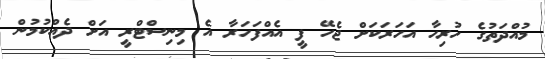
މުއްދަތުގެ ހުރިހާ އަހަރަކަށް ޖެހޭ ފީ އެއްފަހަރާ އެ މިނިސްޓްރީ އަށް ދެއްކުމުން